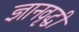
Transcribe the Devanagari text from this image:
ज्ञानवृद्धी